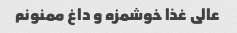
عالی غذا خوشمزه و داغ ممنونم